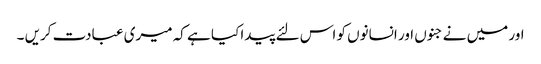
اور میں نے جنوں اور انسانوں کو اس لئے پیدا کیا ہے کہ میری عبادت کریں ۔